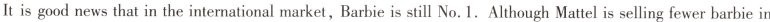
It is good news that in the international market, Barbie is still No.1.Although Mattel is selling fewer barbie in